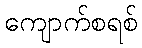
ကျောက်စရစ်